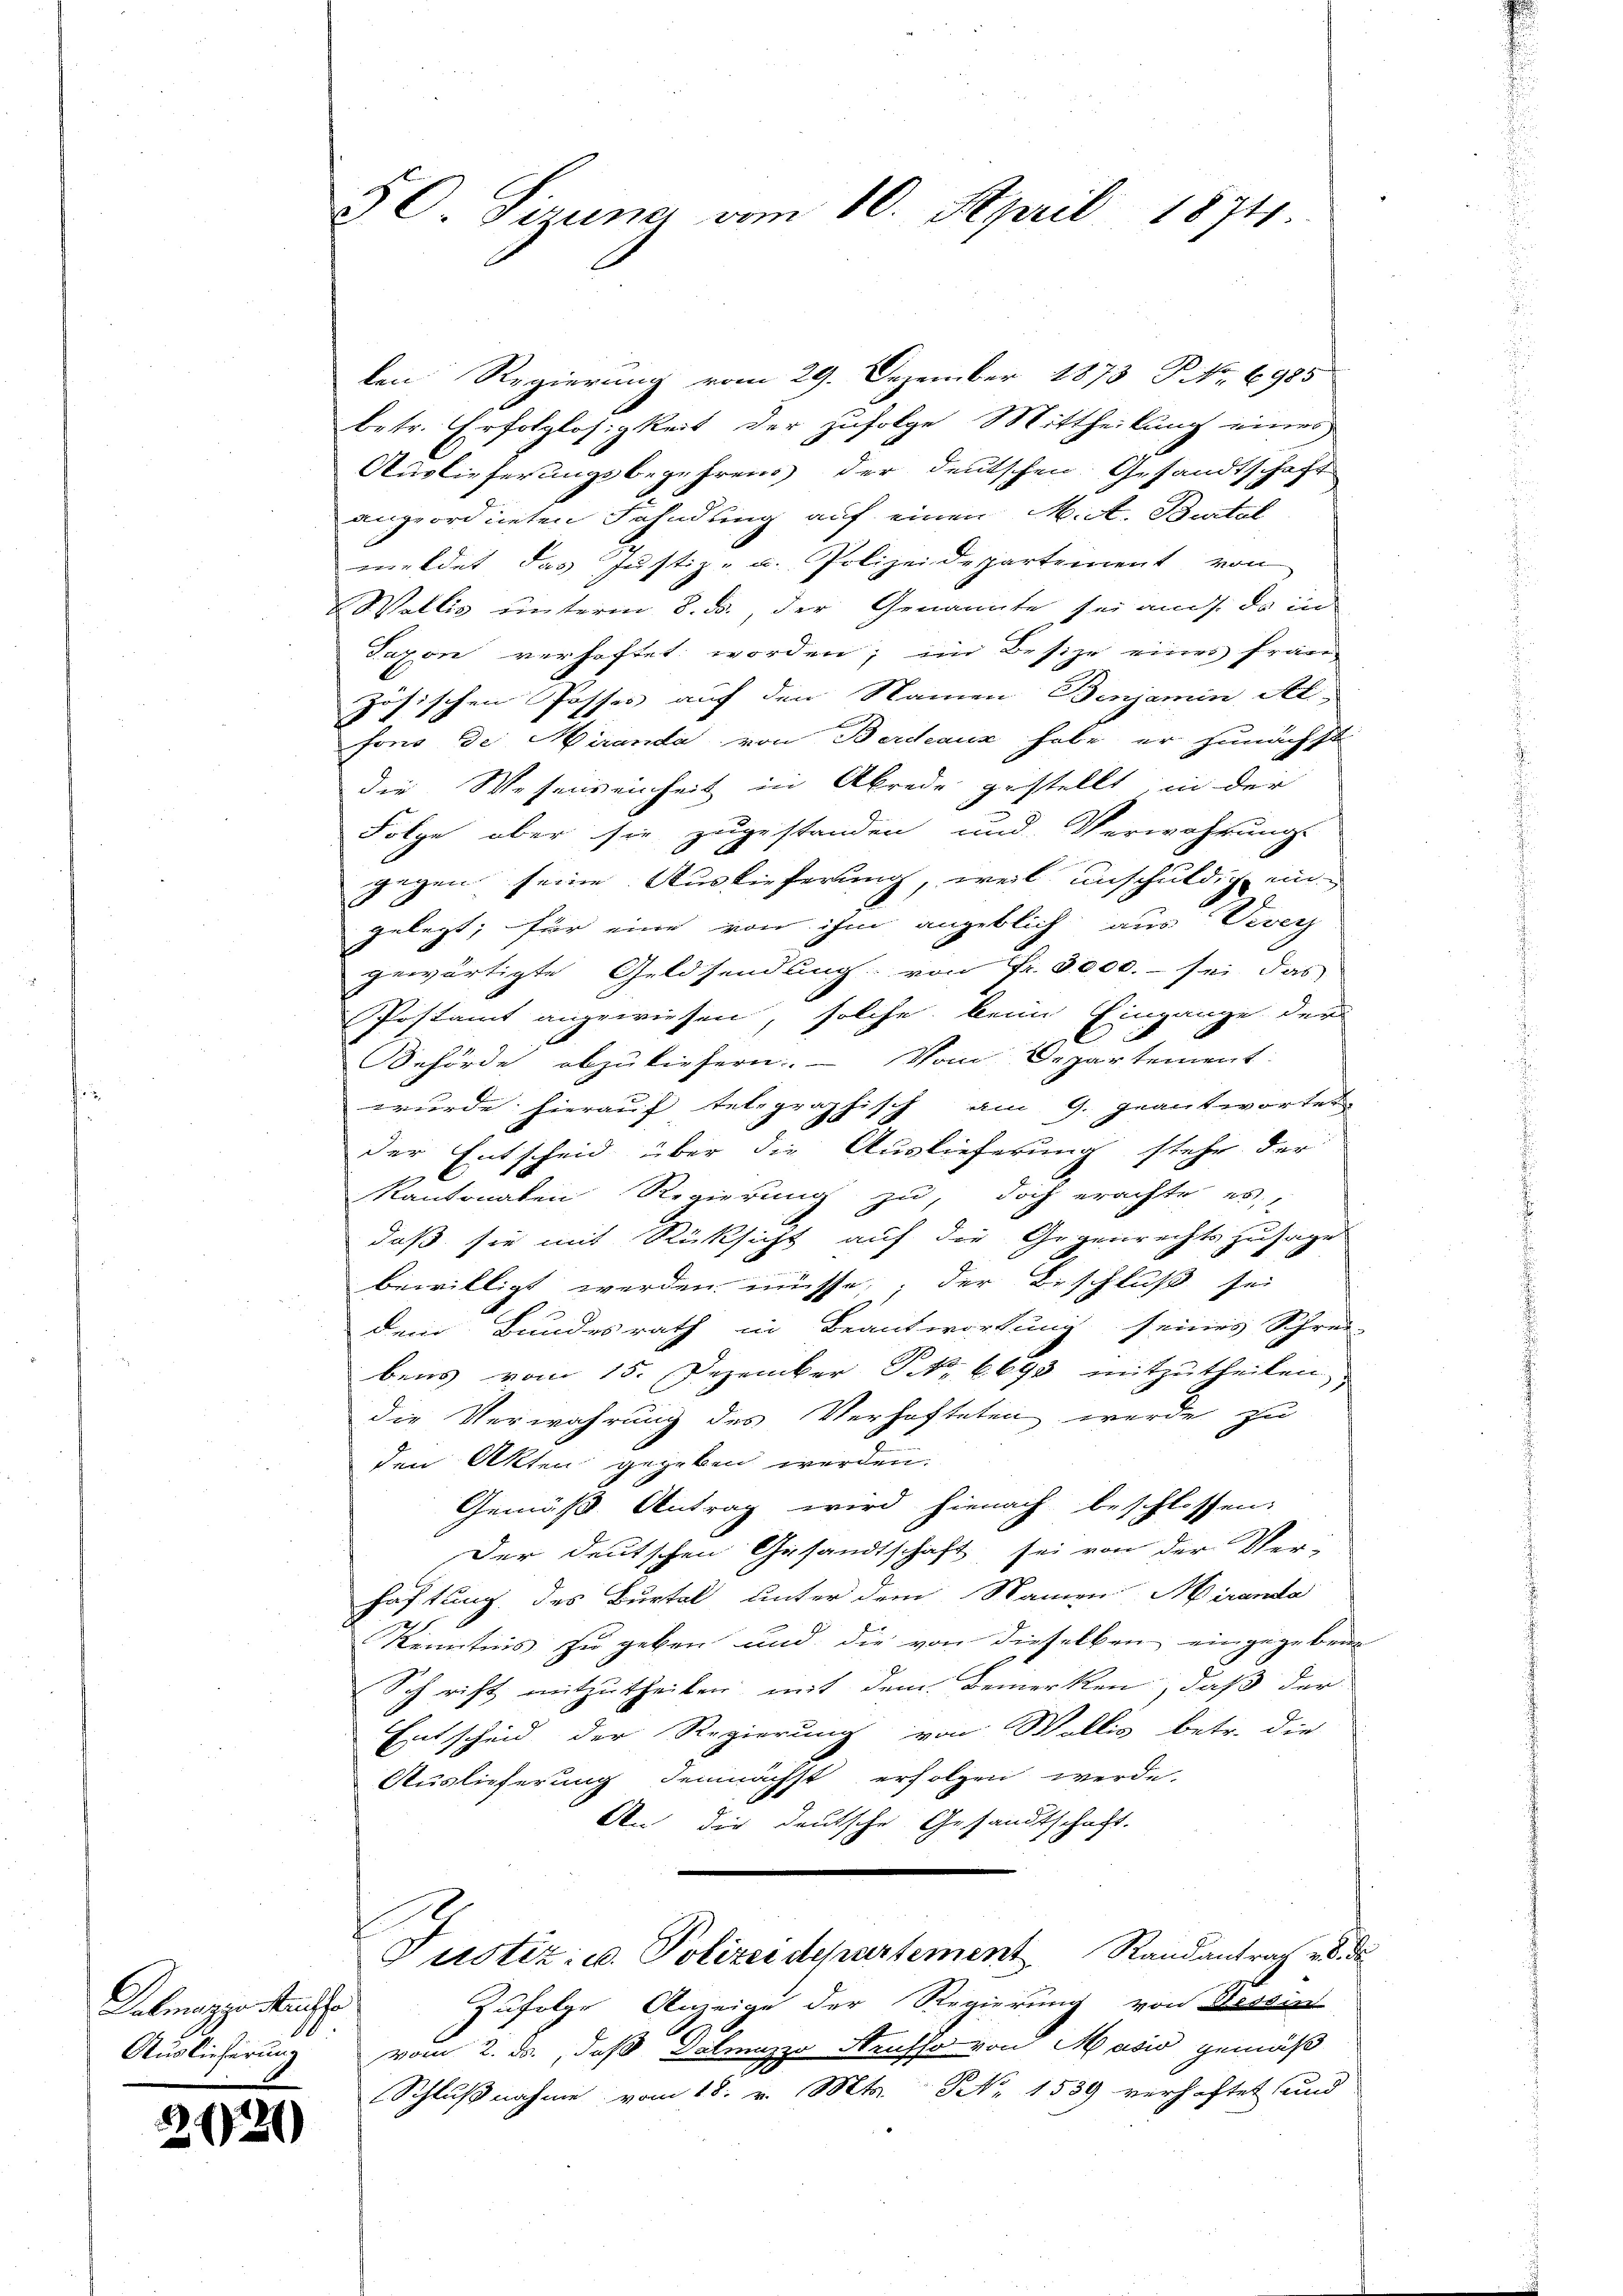
Dalmazze ander
Auslieferung

2131)

50 Siruna vom 10. April 1874.

len Regierung vom 29. Dezember 1873 P. Nr. 6985
betr. Erfolglosigkeit der zufolge Mittheilung eines
Auslieferungsbegehrens der deutschen Gesandtschaft
angeordneten Fahndung auf einen M. A. Burtat
meldet das Justiz- u. Polizeidepartement von
Wallis unterm 8. ds., der Genannte sei auch da in
Jaxon verhaftet worden; im Besize eines fran-
zösischen Posses auf den Namen Benjamin, Al
fons de Meranda von Berchaus habe er zunächst
die Wesenseinheit in Abrede gestellt; in der
Folge aber sie zugestanden und Verwahrungs
gegen seine Auslieferung, weil unschuldig en
gelegt; für eine von ihm angeblich aus Vereh
gewärtigte Geldsendung von Fr. 5000. - sei das
Postamt angewiesen, solche beim Eingange der
Behörde abzuliefern. — Vom Departement
wurde hierauf telegraphisch am 9. geantwortet
der Entscheid über die Auslieferung stehe der
kantonalen Regierung zu, doch erachte es,
daß sie mit Rücksicht auf die Gegenrechtszusage
bewilligt werden müsse, der Beschluß sei
dem Bundesrath in Beantwortung seines Schrei-
bens vom 15. Dezember S. 6693 mitzutheilen,
die Verwahrung des Verhafteten werde zu
den Akten gegeben werden.
Gemäß Antrag wird hienach beschlossen:
Der deutschen Gesandtschaft sei von der Ver-
haftung des Burtal unter dem Namen Miranda
Kenntnis zu geben und die von dieselben eingegeben
Schrift mitzutheilen mit dem Bemerken, daß der
Entscheid der Regierung von Wollis betr. die
Auslieferung demnächst erfolgen werde.
An die deutsche Gesandtschaft.
Justiz- u. Polizeidepartement Randantrag v. d. de
Zufolge Anzeige der Regierung von Besse
1
vom 2. ds., daß Dalmazzo Neusso von Masio gemäß
Schlußnahme vom 18. v. Mts. No 1539 verhaftet und